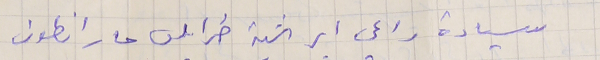
سيادة راعي ابرشية طرابلس مار انطون